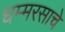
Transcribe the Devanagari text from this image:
धम्मरसाचे